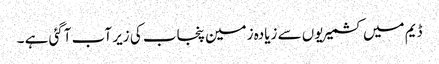
ڈیم میں کشمیریوں سے زیادہ زمین پنجاب کی زیر آب آگئی ہے ۔